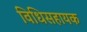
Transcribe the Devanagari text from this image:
विधिसहायक